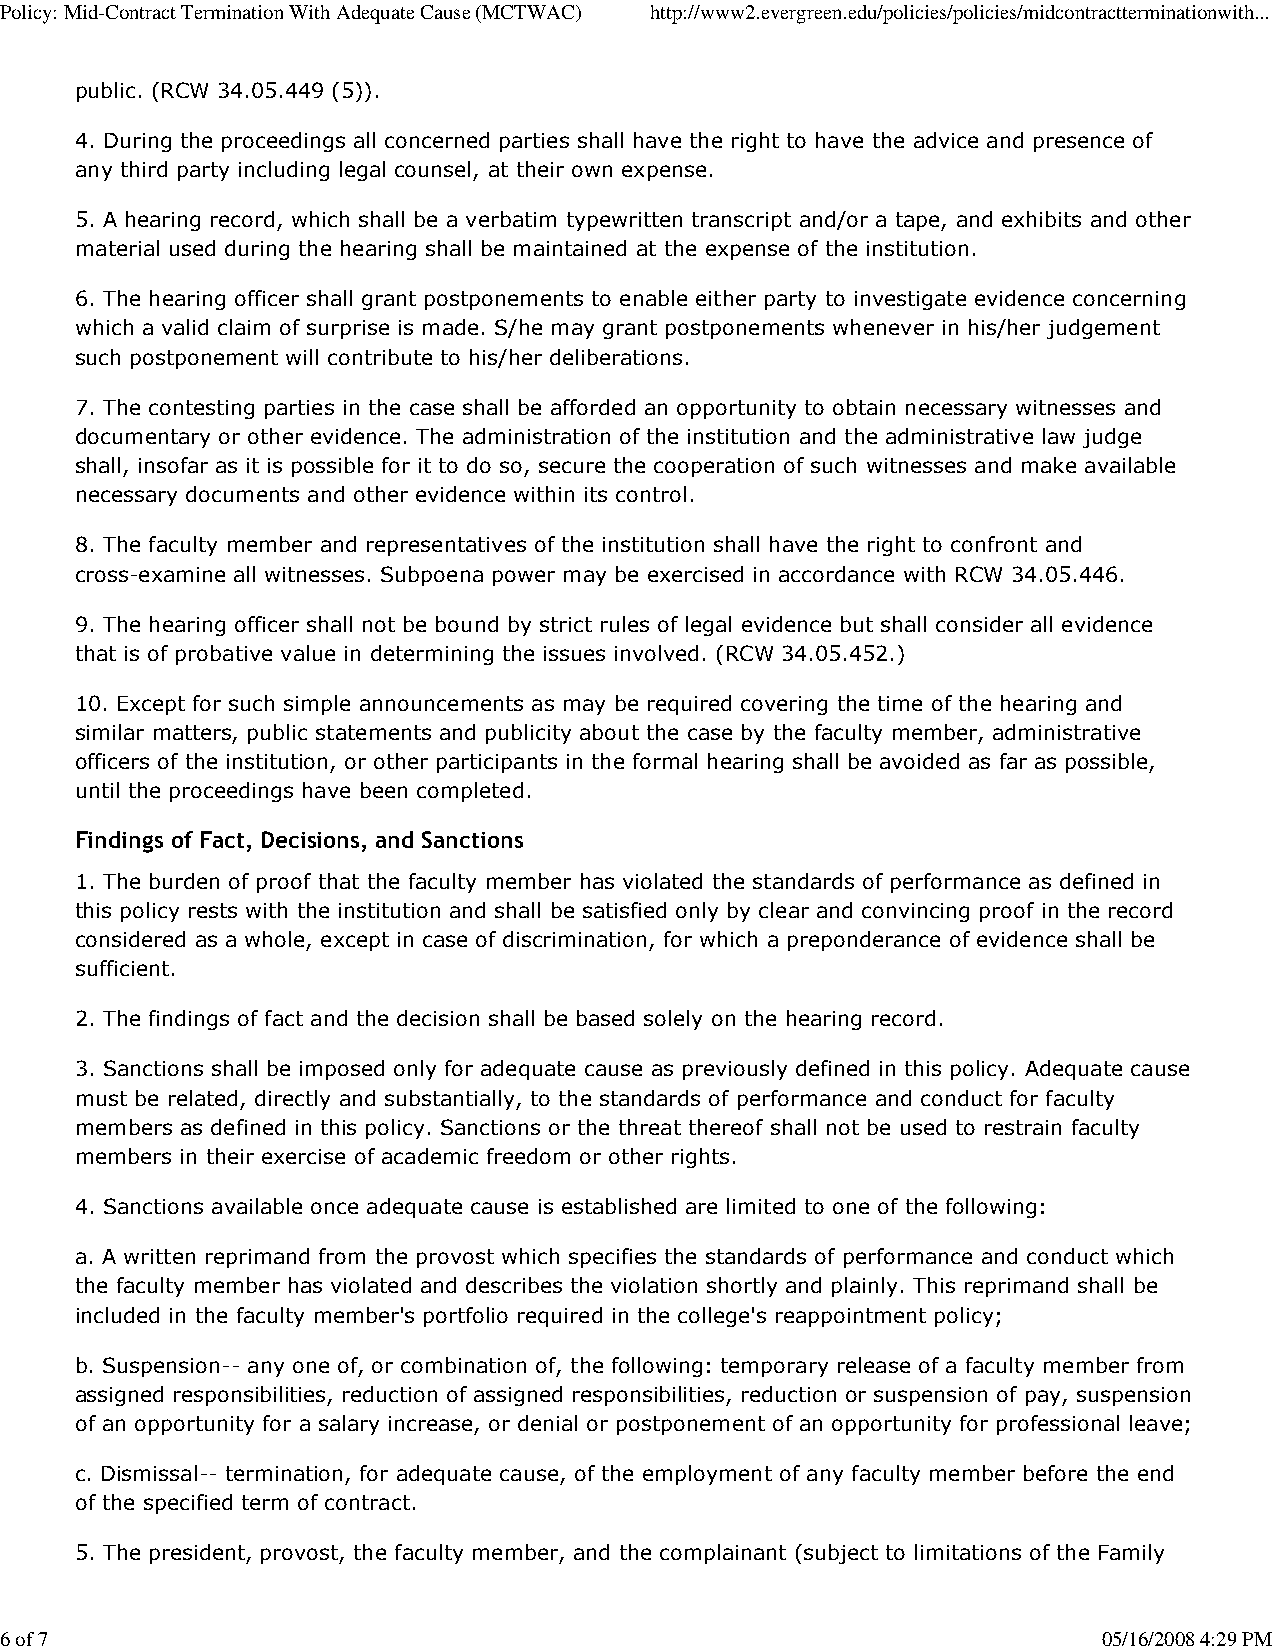
Policy: Mid-Contract Termination With Adequate Cause (MCTWAC) http://www2.evergreen.edu/policies/policies/midcontractterminationwith...
 public. (RCW 34.05.449 (5)).
 4. During the proceedings all concerned parties shall have the right to have the advice and presence of
 any third party including legal counsel, at their own expense.
 5. A hearing record, which shall be a verbatim typewritten transcript and/or a tape, and exhibits and other
 material used during the hearing shall be maintained at the expense of the institution.
 6. The hearing officer shall grant postponements to enable either party to investigate evidence concerning
 which a valid claim of surprise is made. S/he may grant postponements whenever in his/her judgement
 such postponement will contribute to his/her deliberations.
 7. The contesting parties in the case shall be afforded an opportunity to obtain necessary witnesses and
 documentary or other evidence. The administration of the institution and the administrative law judge
 shall, insofar as it is possible for it to do so, secure the cooperation of such witnesses and make available
 necessary documents and other evidence within its control.
 8. The faculty member and representatives of the institution shall have the right to confront and
 cross-examine all witnesses. Subpoena power may be exercised in accordance with RCW 34.05.446.
 9. The hearing officer shall not be bound by strict rules of legal evidence but shall consider all evidence
 that is of probative value in determining the issues involved. (RCW 34.05.452.)
 10. Except for such simple announcements as may be required covering the time of the hearing and
 similar matters, public statements and publicity about the case by the faculty member, administrative
 officers of the institution, or other participants in the formal hearing shall be avoided as far as possible,
 until the proceedings have been completed.
 Findings of Fact, Decisions, and Sanctions
 1. The burden of proof that the faculty member has violated the standards of performance as defined in
 this policy rests with the institution and shall be satisfied only by clear and convincing proof in the record
 considered as a whole, except in case of discrimination, for which a preponderance of evidence shall be
 sufficient.
 2. The findings of fact and the decision shall be based solely on the hearing record.
 3. Sanctions shall be imposed only for adequate cause as previously defined in this policy. Adequate cause
 must be related, directly and substantially, to the standards of performance and conduct for faculty
 members as defined in this policy. Sanctions or the threat thereof shall not be used to restrain faculty
 members in their exercise of academic freedom or other rights.
 4. Sanctions available once adequate cause is established are limited to one of the following:
 a. A written reprimand from the provost which specifies the standards of performance and conduct which
 the faculty member has violated and describes the violation shortly and plainly. This reprimand shall be
 included in the faculty member's portfolio required in the college's reappointment policy;
 b. Suspension-- any one of, or combination of, the following: temporary release of a faculty member from
 assigned responsibilities, reduction of assigned responsibilities, reduction or suspension of pay, suspension
 of an opportunity for a salary increase, or denial or postponement of an opportunity for professional leave;
 c. Dismissal-- termination, for adequate cause, of the employment of any faculty member before the end
 of the specified term of contract.
 5. The president, provost, the faculty member, and the complainant (subject to limitations of the Family
 6 of 7                                                                   05/16/2008 4:29 PM